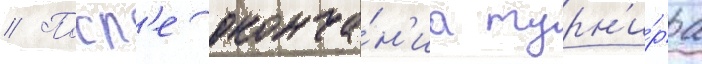
// Посл'е оконча́н'иа турн'и́ра